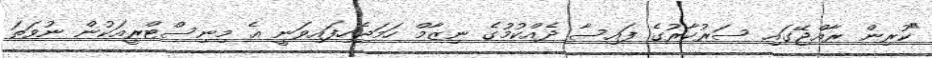
"ކުރިން ރާއްޖޭގައި ސަރުކާރުގެ ފައިސާ ދެއްކުމުގެ ނިޒާމް ހަމަޖެހިފައިވަނީ އެ މިނިސްޓްރީއަކުން ނުވަތަ